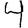
Digit: 4